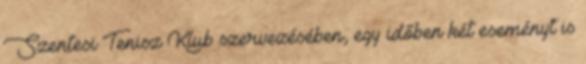
Szentesi Tenisz Klub szervezésében, egy időben két eseményt is